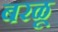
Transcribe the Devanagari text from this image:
बरळू